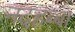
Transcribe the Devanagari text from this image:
नदहब्बा